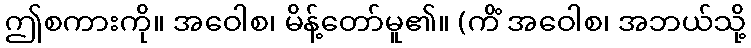
ဤစကားကို။ အဝေါစ၊ မိန့်တော်မူ၏။ (ကိံ အဝေါစ၊ အဘယ်သို့